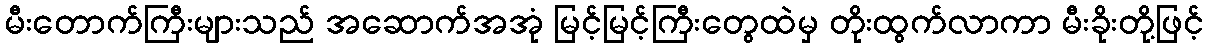
မီးတောက်ကြီးများသည် အဆောက်အအုံ မြင့်မြင့်ကြီးတွေထဲမှ တိုးထွက်လာကာ မီးခိုးတို့ဖြင့်